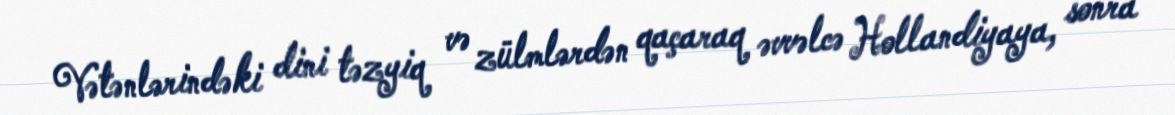
Vətənlərindəki dini təzyiq və zülmlərdən qaçaraq əvvəlcə Hollandiyaya, sonra